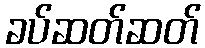
ခပ်ဆတ်ဆတ်